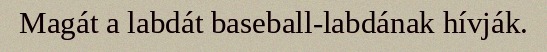
Magát a labdát baseball-labdának hívják.